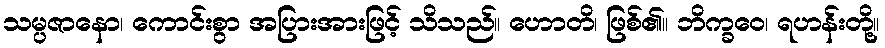
သမ္ပဇာနော၊ ကောင်းစွာ အပြားအားဖြင့် သိသည်။ ဟောတိ၊ ဖြစ်၏။ ဘိက္ခဝေ၊ ရဟန်းတို့။